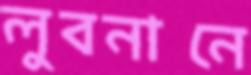
লুবনানে